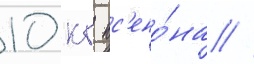
10 кг кс'ено́на //